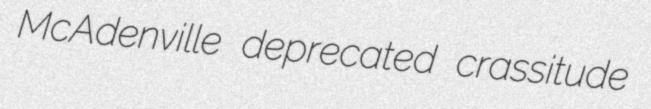
McAdenville deprecated crassitude